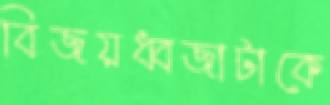
বিজয়ধ্বজাটাকে